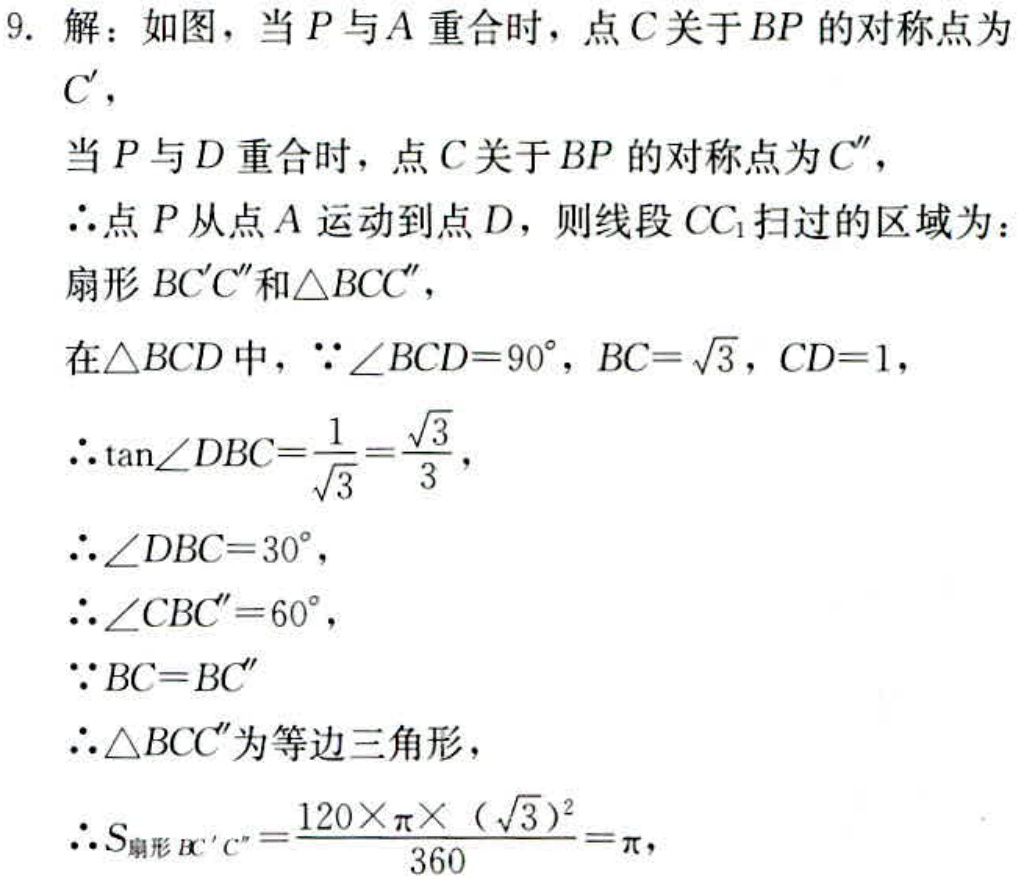
9. 解：如图，当 \(P\) 与 \(A\) 重合时，点 \(C\) 关于 \(BP\) 的对称点为 \(C'\)，
当 \(P\) 与 \(D\) 重合时，点 \(C\) 关于 \(BP\) 的对称点为 \(C''\)，
\(\therefore\)点 \(P\) 从点 \(A\) 运动到点 \(D\)，则线段 \(CC_{1}\) 扫过的区域为：
扇形 \(BC'C''\) 和 \(\triangle BCC''\)，
在 \(\triangle BCD\) 中，\(\because\angle BCD = 90^{\circ}\)，\(BC=\sqrt{3}\)，\(CD = 1\)，
\(\therefore\tan\angle DBC=\frac{1}{\sqrt{3}}=\frac{\sqrt{3}}{3}\)，
\(\therefore\angle DBC = 30^{\circ}\)，
\(\therefore\angle CBC'' = 60^{\circ}\)，
\(\because BC = BC''\)
\(\therefore\triangle BCC''\) 为等边三角形，
\(\therefore S_{扇形 BC'C''}=\frac{120\times\pi\times(\sqrt{3})^{2}}{360}=\pi\)，